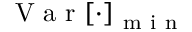
\mathrm { ~ V ~ a ~ r ~ } [ \cdot ] _ { \mathrm { ~ m ~ i ~ n ~ } }